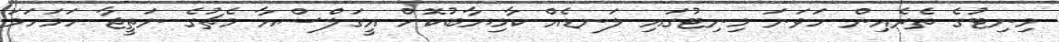
މިނިޓުގެ ތެރެއިން ހަވަނަ މިނިޓުގައި ލަނޑެއް ކާމިޔާބުކޮށް އީގަލްސްއާ މެޗުގެ ނަތީޖާ ހަމަހަމަ